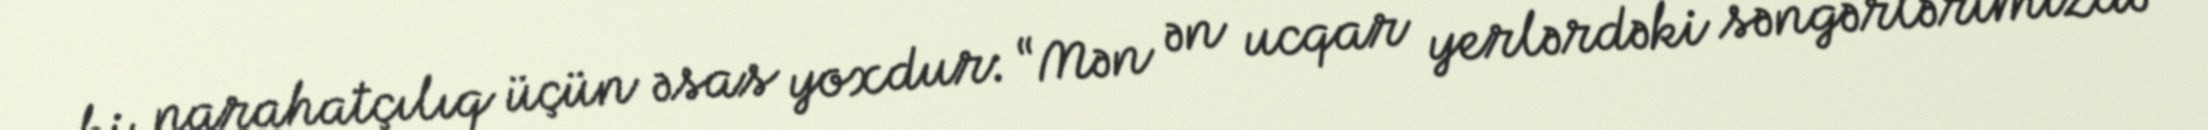
ki, narahatçılıq üçün əsas yoxdur: “Mən ən ucqar yerlərdəki səngərlərimizdə